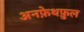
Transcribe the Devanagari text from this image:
अनफ़ेथफ़ुल